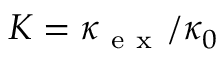
K = \kappa _ { \mathrm { ~ e ~ x ~ } } / \kappa _ { 0 }